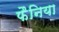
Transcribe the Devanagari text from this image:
फैनिया